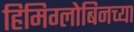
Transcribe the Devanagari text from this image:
हिमिग्लोबिनच्या